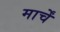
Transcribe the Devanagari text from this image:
मार्चें